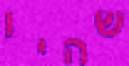
שהיו